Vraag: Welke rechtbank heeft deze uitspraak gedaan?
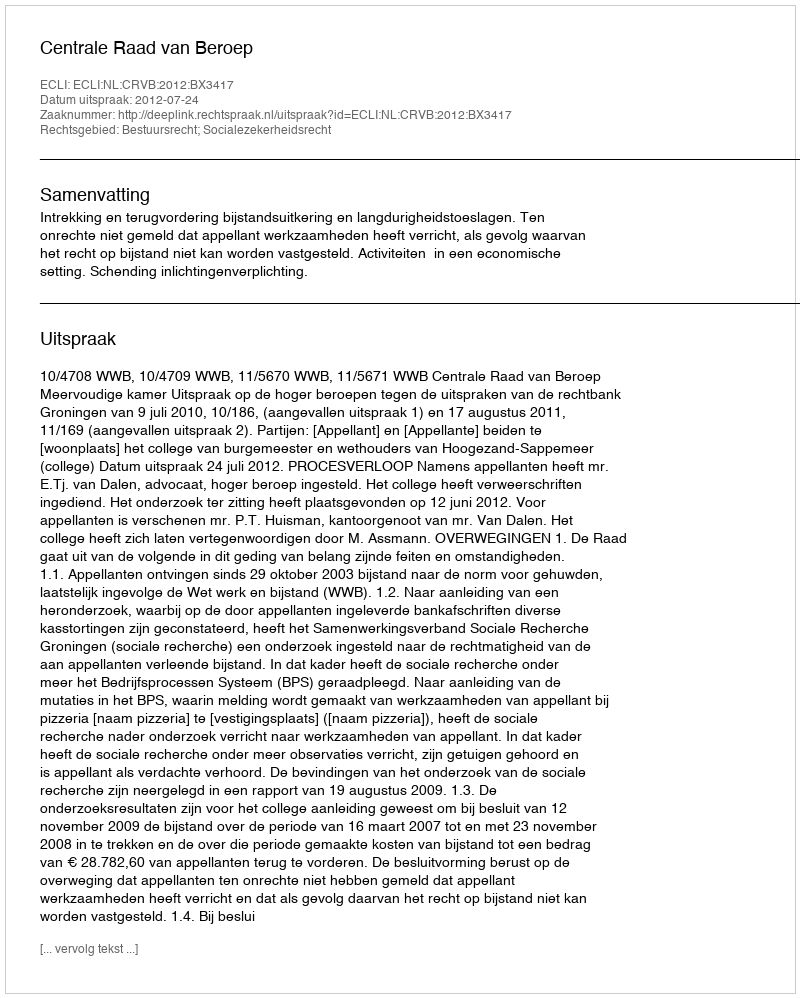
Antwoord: Centrale Raad van Beroep